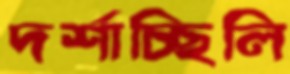
দর্শাচ্ছিলি